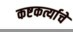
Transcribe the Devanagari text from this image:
कष्टकर्त्याचे